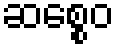
ဆစ္စေဝ